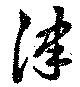
津